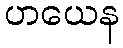
ဟယေန